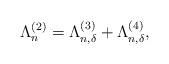
LaTeX: \begin{align*} \Lambda^{(2)}_n= \Lambda^{(3)}_{n,\delta}+\Lambda^{(4)}_{n,\delta},\end{align*}